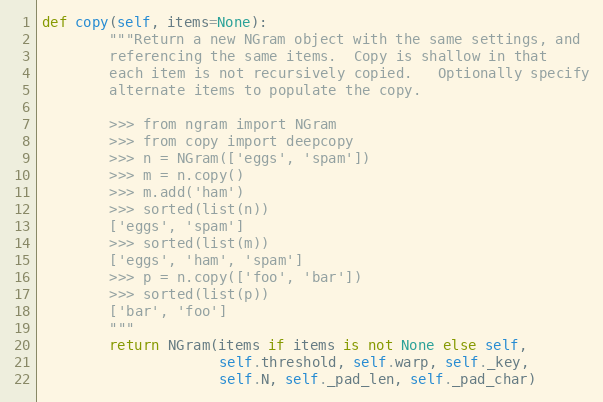
Language: Python
def copy(self, items=None):
        """Return a new NGram object with the same settings, and
        referencing the same items.  Copy is shallow in that
        each item is not recursively copied.   Optionally specify
        alternate items to populate the copy.

        >>> from ngram import NGram
        >>> from copy import deepcopy
        >>> n = NGram(['eggs', 'spam'])
        >>> m = n.copy()
        >>> m.add('ham')
        >>> sorted(list(n))
        ['eggs', 'spam']
        >>> sorted(list(m))
        ['eggs', 'ham', 'spam']
        >>> p = n.copy(['foo', 'bar'])
        >>> sorted(list(p))
        ['bar', 'foo']
        """
        return NGram(items if items is not None else self,
                     self.threshold, self.warp, self._key,
                     self.N, self._pad_len, self._pad_char)